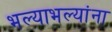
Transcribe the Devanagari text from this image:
भल्याभल्यांना